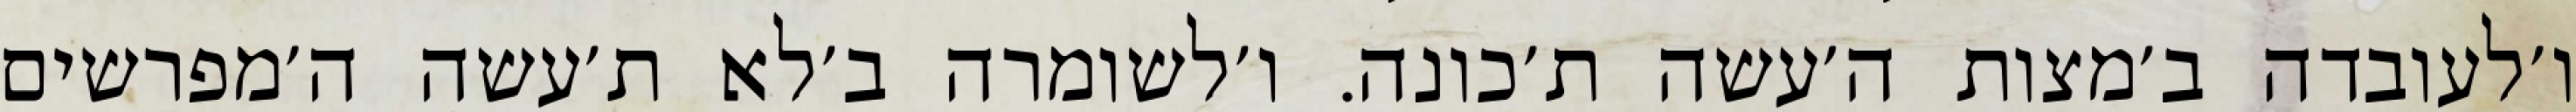
ו׳לעובדה ב׳מצות ה׳עשה ת׳כונה. ו׳לשומרה ב׳לא ת׳עשה ה׳מפרשים